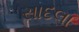
સાદલા